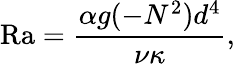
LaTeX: \mathrm{Ra}=\frac{\alpha g(-N^{2})d^{4}}{\nu\kappa},